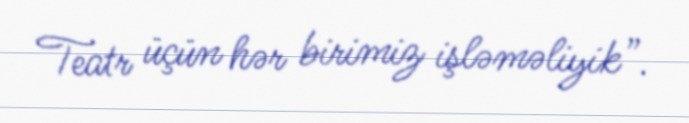
Teatr üçün hər birimiz işləməliyik”.